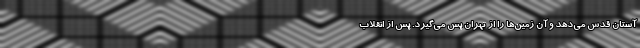
آستان قدس می‌دهد و آن زمین‌ها را از تهران پس می‌گیرد. پس از انقلاب